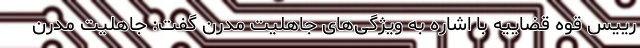
رییس قوه قضاییه با اشاره به ویژگی‌های جاهلیت مدرن گفت: جاهلیت مدرن